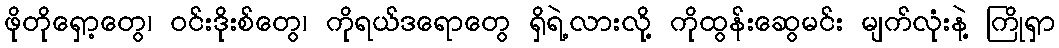
ဖိုတိုရှော့တွေ၊ ဝင်းဒိုးစ်တွေ၊ ကိုရယ်ဒရောတွေ ရှိရဲ့လားလို့ ကိုထွန်းဆွေမင်း မျက်လုံးနဲ့ ကြိုရှာ